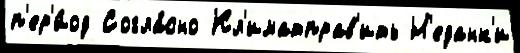
п'ер'и́од Согла́сно Кл'иматправ'ить Н'еданк'и